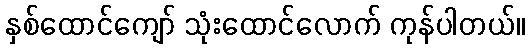
နှစ်ထောင်ကျော် သုံးထောင်လောက် ကုန်ပါတယ်။